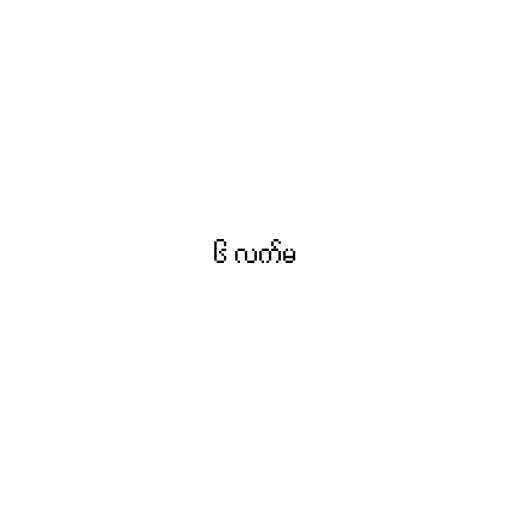
၆ လက်မ